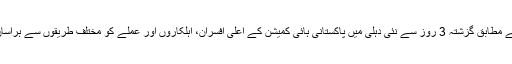
سفارتی ذرائع کے مطابق گزشتہ 3 روز سے نئی دہلی میں پاکستانی ہائی کمیشن کے اعلیٰ افسران، اہلکاروں اور عملے کو مختلف طریقوں سے ہراساں کیا جا رہا ہے۔